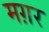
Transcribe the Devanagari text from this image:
मग़र